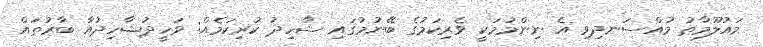
މައުލޫމާތު މުއްސަނދިވި އެ ނިންމުމަކީ ވެރިކަމުގެ ބޭނުމުގައި ޝާހިދު ކުރިކަމެއް: ވަހީދުޝާހިދުއާ ބާރުތައް